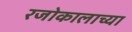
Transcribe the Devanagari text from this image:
रजोकालाच्या